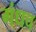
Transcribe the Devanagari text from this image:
गंधच